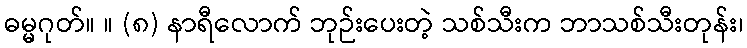
ဓမ္မဂုတ်။ ။ (၈) နာရီလောက် ဘုဉ်းပေးတဲ့ သစ်သီးက ဘာသစ်သီးတုန်း၊